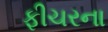
ફીચરના